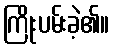
ကြိုးပမ်းခဲ့၏။